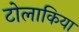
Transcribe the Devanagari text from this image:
टोलाकिया